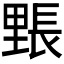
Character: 𮡙